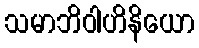
သမာဘိဝါဟိနိယော